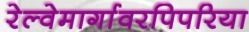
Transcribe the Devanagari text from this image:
रेल्वेमार्गावरपिपरिया